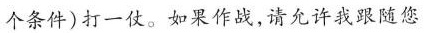
个条件)打一仗。如果作战，请允许我跟随您